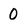
Character: 0